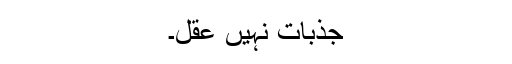
جذبات نہیں عقل۔